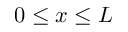
0 \le x \le L